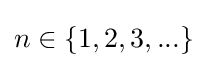
n\in \{1,2,3,...\}